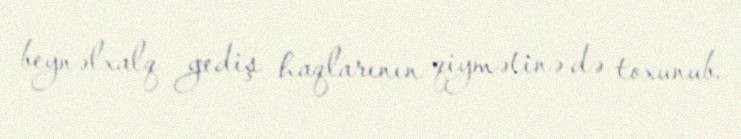
beynəlxalq gediş haqlarının qiymətinə də toxunub.